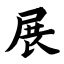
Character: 展